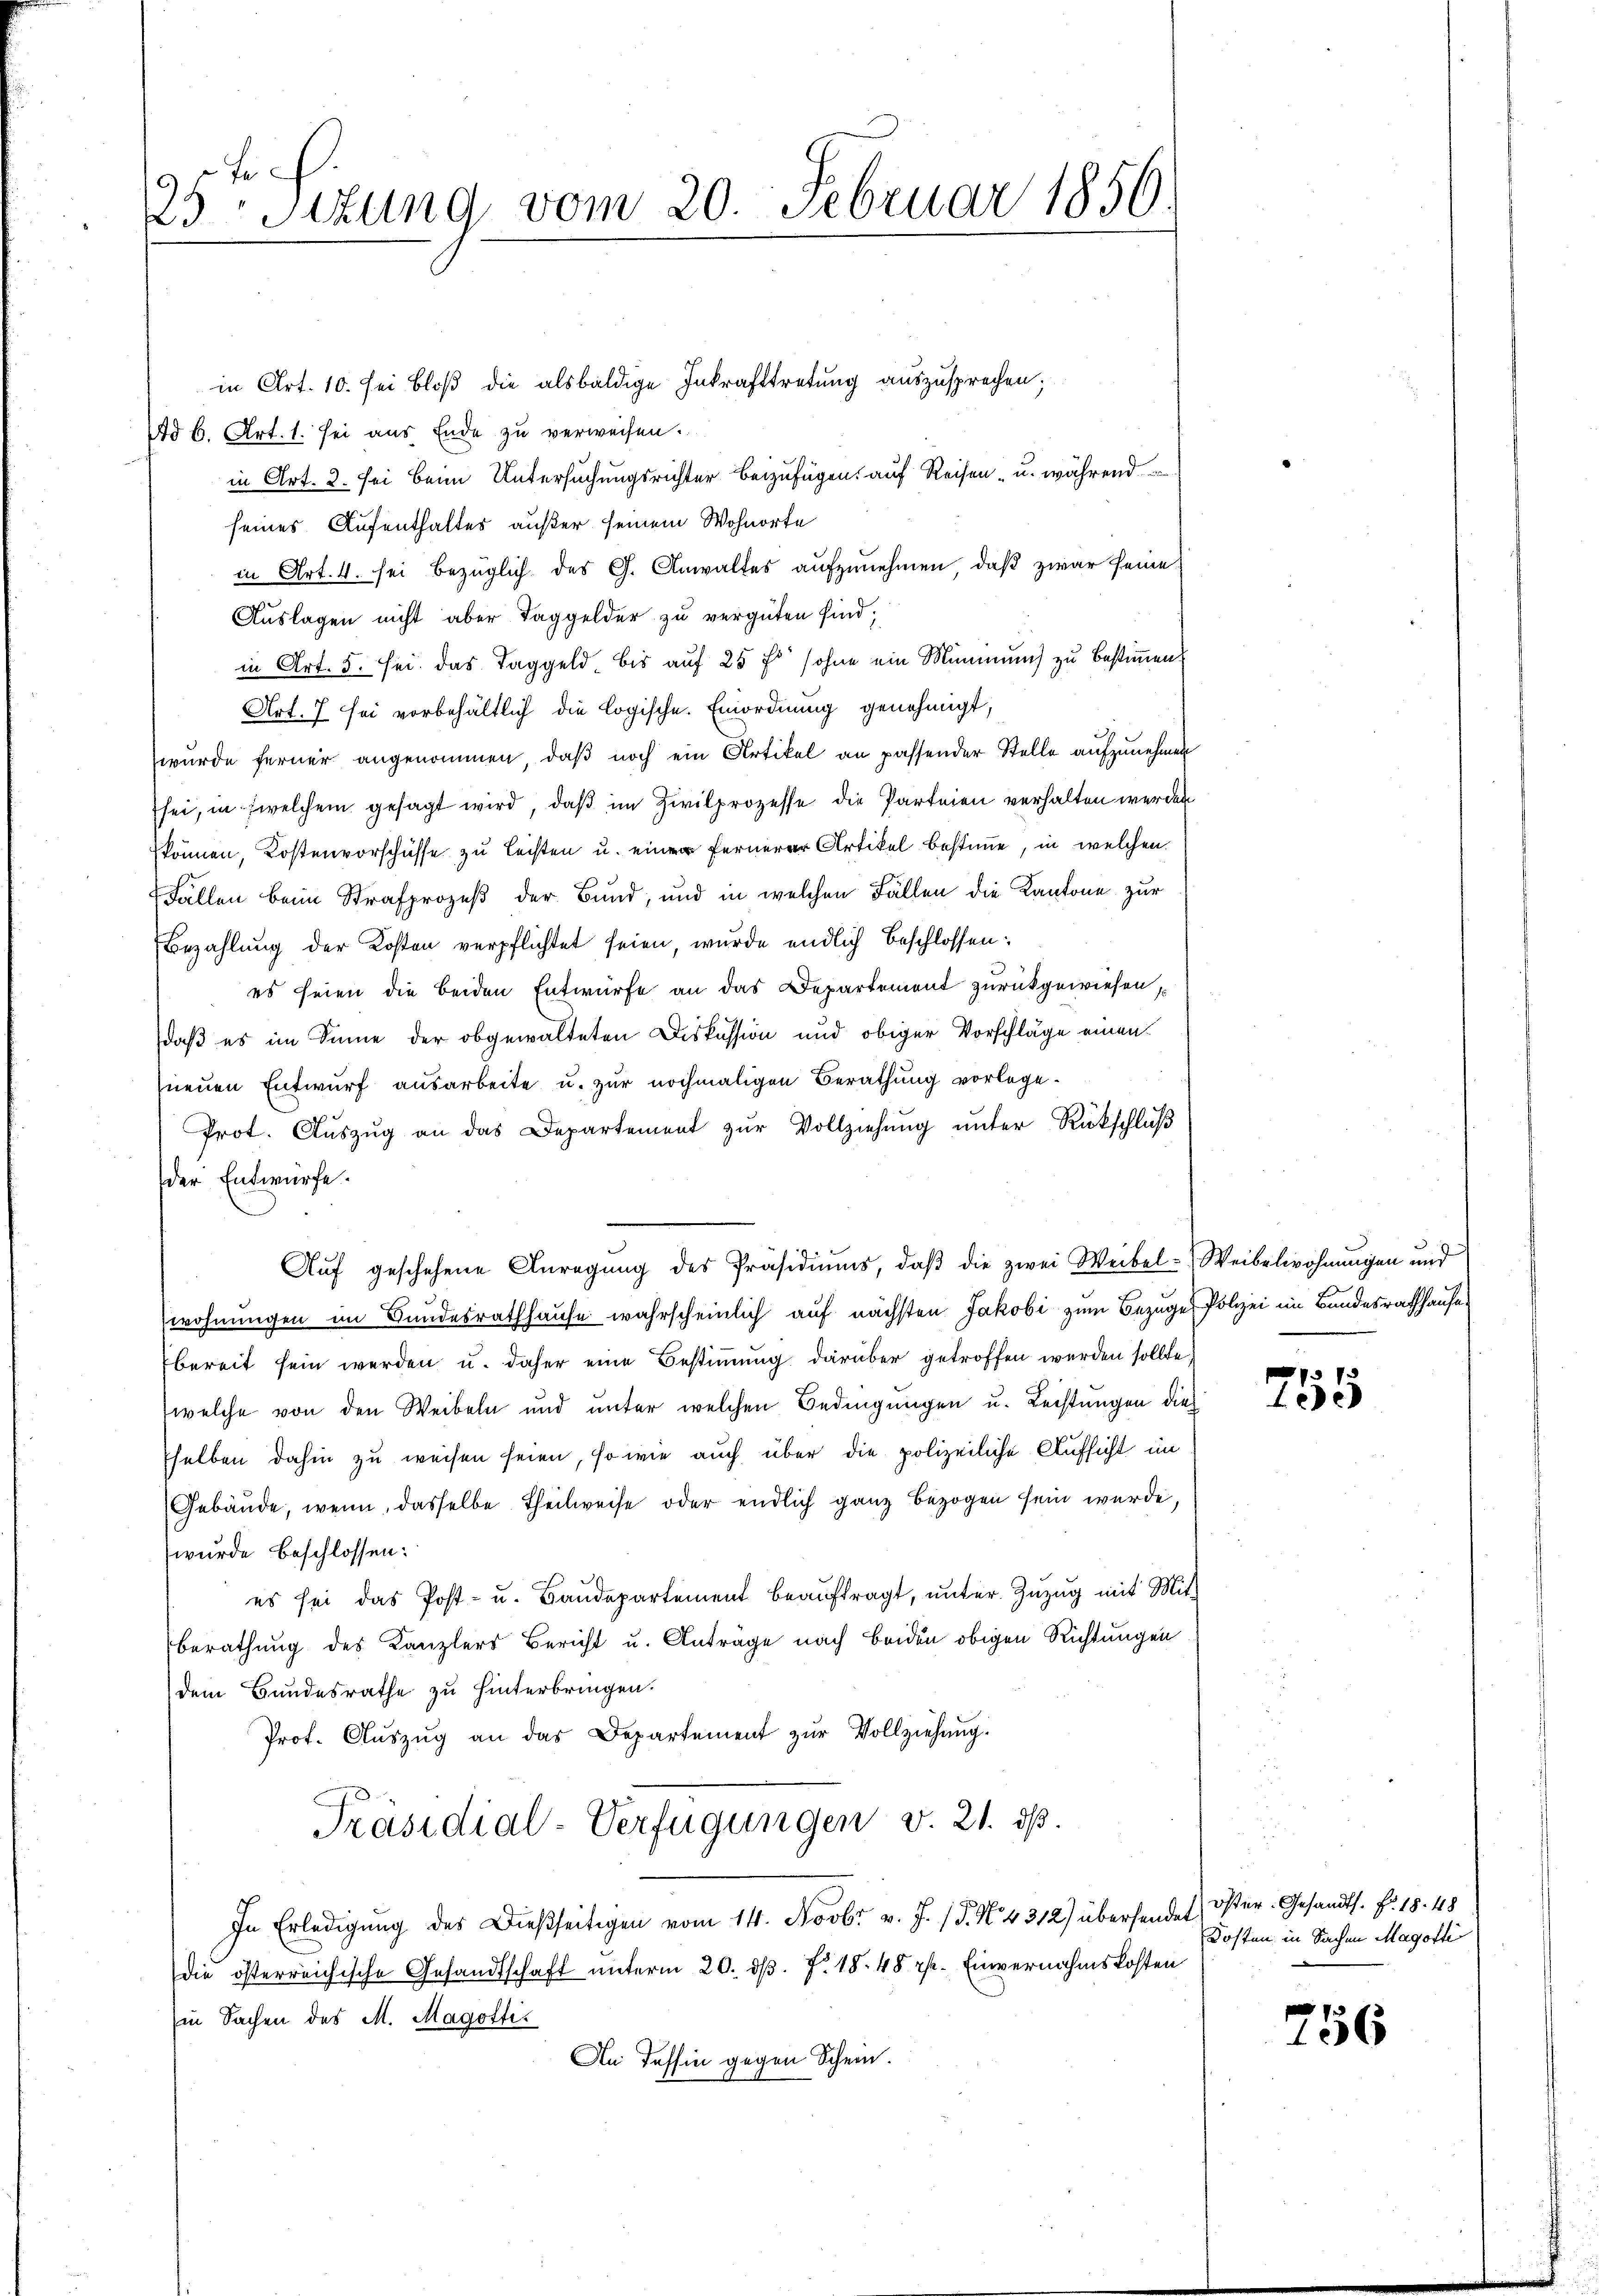
fe
25 Sitzung vom 20. Februar 1856.

in Art. 10. sei bloß die alsbaldige Inkrafttretung auszusprechen;
d b. Art. 1. sei aus Ende zu verweisen.
in Art. 2. sei beim Untersuchungsrichter beizufügen, auf Reisen - u. während
seines Aufenthaltes außer seinem Wohnorte
in Art. 4. sei bezüglich des G. Anwaltes aufzunehmen, daß zwar seine
Auslagen nicht aber Taggelder zu vergüten sind;
in Art. 5. sei das Taggeld, bis aŭf 25 f. sohne ein Minmmŭng zu bestimmen.
Art. 7 sei vorbehältlich die logische. Einordnung genehmigt,
wurde ferner angenommen, daß noch ein Artikel an passender Stelle aufzunehmen
sei, in welchem gesagt wird, daß im Zivilprozesse die Parteien verhalten werden
können, Kostenvorschüsse zu leisten u. ein fernerer Artikel bestimme, in welchen
Fällen beim Strafprozeß der Bund, und in welchen Fällen die Kantone zur
Bezahlung der Kosten verpflichtet seien, wurde endlich beschlossen:
es seien die beiden Entwürfe an das Departement zurückgewiesen,
daß es im Sinne der obgewalteten Diskussion und obiger Vorschläge einen
neuen Entwurf ausarbeite u. zur nochmaligen Berathung vorlege¬
Prot. Aŭszŭg an das Departement zŭr Vollziehŭng ŭnter Rückschlŭβ
der Entwürfe.
Aŭf geschehene Anregŭng des Präsidiŭms, daβ die zwei Weibel-Weibelwohnungen und
wohnungen im Bundesrathhause wahrscheinlich auf nächsten Jakobi zum Bezuge Polizei im Bandesrathhause
bereit sein werden u. daher eine Bestimmung darüber getroffen werden sollte,
welche von den Weibeln und unter welchen Bedingungen u. Leistungen dies
selben dahin zu weisen seien, so wie auch über die polizeiliche Aufsicht im
Gebäude, wenn, dasselbe Theilweise oder endlich ganz bezogen sein wurde
wurde beschlossen:
es sei das Post- u. Baŭdepartement beaŭftragt, unter Zuzug mit Mit
Berathung des Kanzlers Bericht u. Anträge nach beiden obigen Richtungen
dem Bundesrathe zu hinterbringen.
Prof. Aŭszŭg an das Departement zŭr Vollziehung.
Präsidial-Verfügungen v. 21. ds.
In Erledigŭng des Dießseitigen vom 14. Novbr. v. J. P. N. 4312) übersende öster. Gesandts. f. 18. 48
die österreichische Gesandtschaft unterm 20. d. J. 18. 48 rp. Einvernahmskosten
Ein Sachen des M. Magottis
An Tessin gegen Schein.

755

Kosten in Sachen Magotte

236